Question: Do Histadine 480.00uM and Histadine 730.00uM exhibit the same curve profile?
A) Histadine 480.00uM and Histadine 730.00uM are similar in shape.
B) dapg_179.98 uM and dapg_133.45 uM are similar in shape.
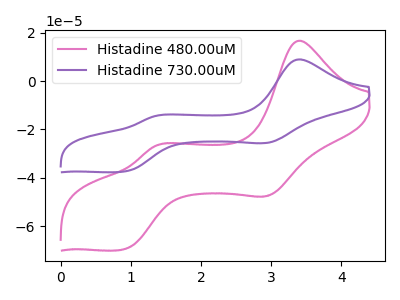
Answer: <think>The pink curve "Histadine 480.00uM" has anodic peaks at (3.40V, 16.75uA) (1.35V, -26.85uA) and cathodic peaks at (2.95V, -47.25uA) (0.90V, -69.70uA). The purple curve "Histadine 730.00uM" has anodic peaks at (3.40V, 9.00uA) (1.35V, -14.45uA) and cathodic peaks at (2.95V, -25.40uA) (0.90V, -37.45uA).
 All the peaks in "Histadine 480.00uM" have a peak in "Histadine 730.00uM" at the same potential.</think>
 <answer>A) "Histadine 480.00uM" and "Histadine 730.00uM" are similar in shape.</answer>
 <eval>A</eval>